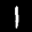
Label: 1